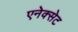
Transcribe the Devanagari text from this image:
एनेक्सेट